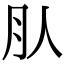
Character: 𣍞